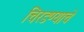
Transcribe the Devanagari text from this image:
चिरडण्‍याचे